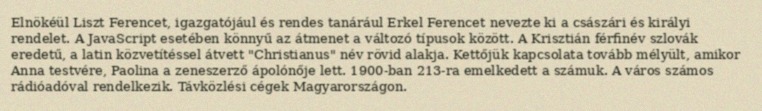
Elnökéül Liszt Ferencet, igazgatójául és rendes tanárául Erkel Ferencet nevezte ki a császári és királyi rendelet. A JavaScript esetében könnyű az átmenet a változó típusok között. A Krisztián férfinév szlovák eredetű, a latin közvetítéssel átvett "Christianus" név rövid alakja. Kettőjük kapcsolata tovább mélyült, amikor Anna testvére, Paolina a zeneszerző ápolónője lett. 1900-ban 213-ra emelkedett a számuk. A város számos rádióadóval rendelkezik. Távközlési cégek Magyarországon.